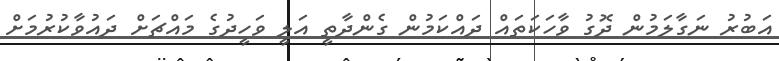
އަބުރު ނަގާލަމުން ދޮގު ވާހަކަތައް ދައްކަމުން ގެންދާތީ އަލީ ވަހީދުގެ މައްޗަށް ދައުވާކުރުމަށް